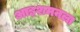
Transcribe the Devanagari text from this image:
आइशमनला